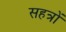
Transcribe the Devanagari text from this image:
सहत्रों